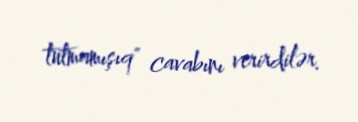
tutmamışıq" cavabını verirdilər.